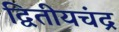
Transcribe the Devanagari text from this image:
द्वितीयचंद्र